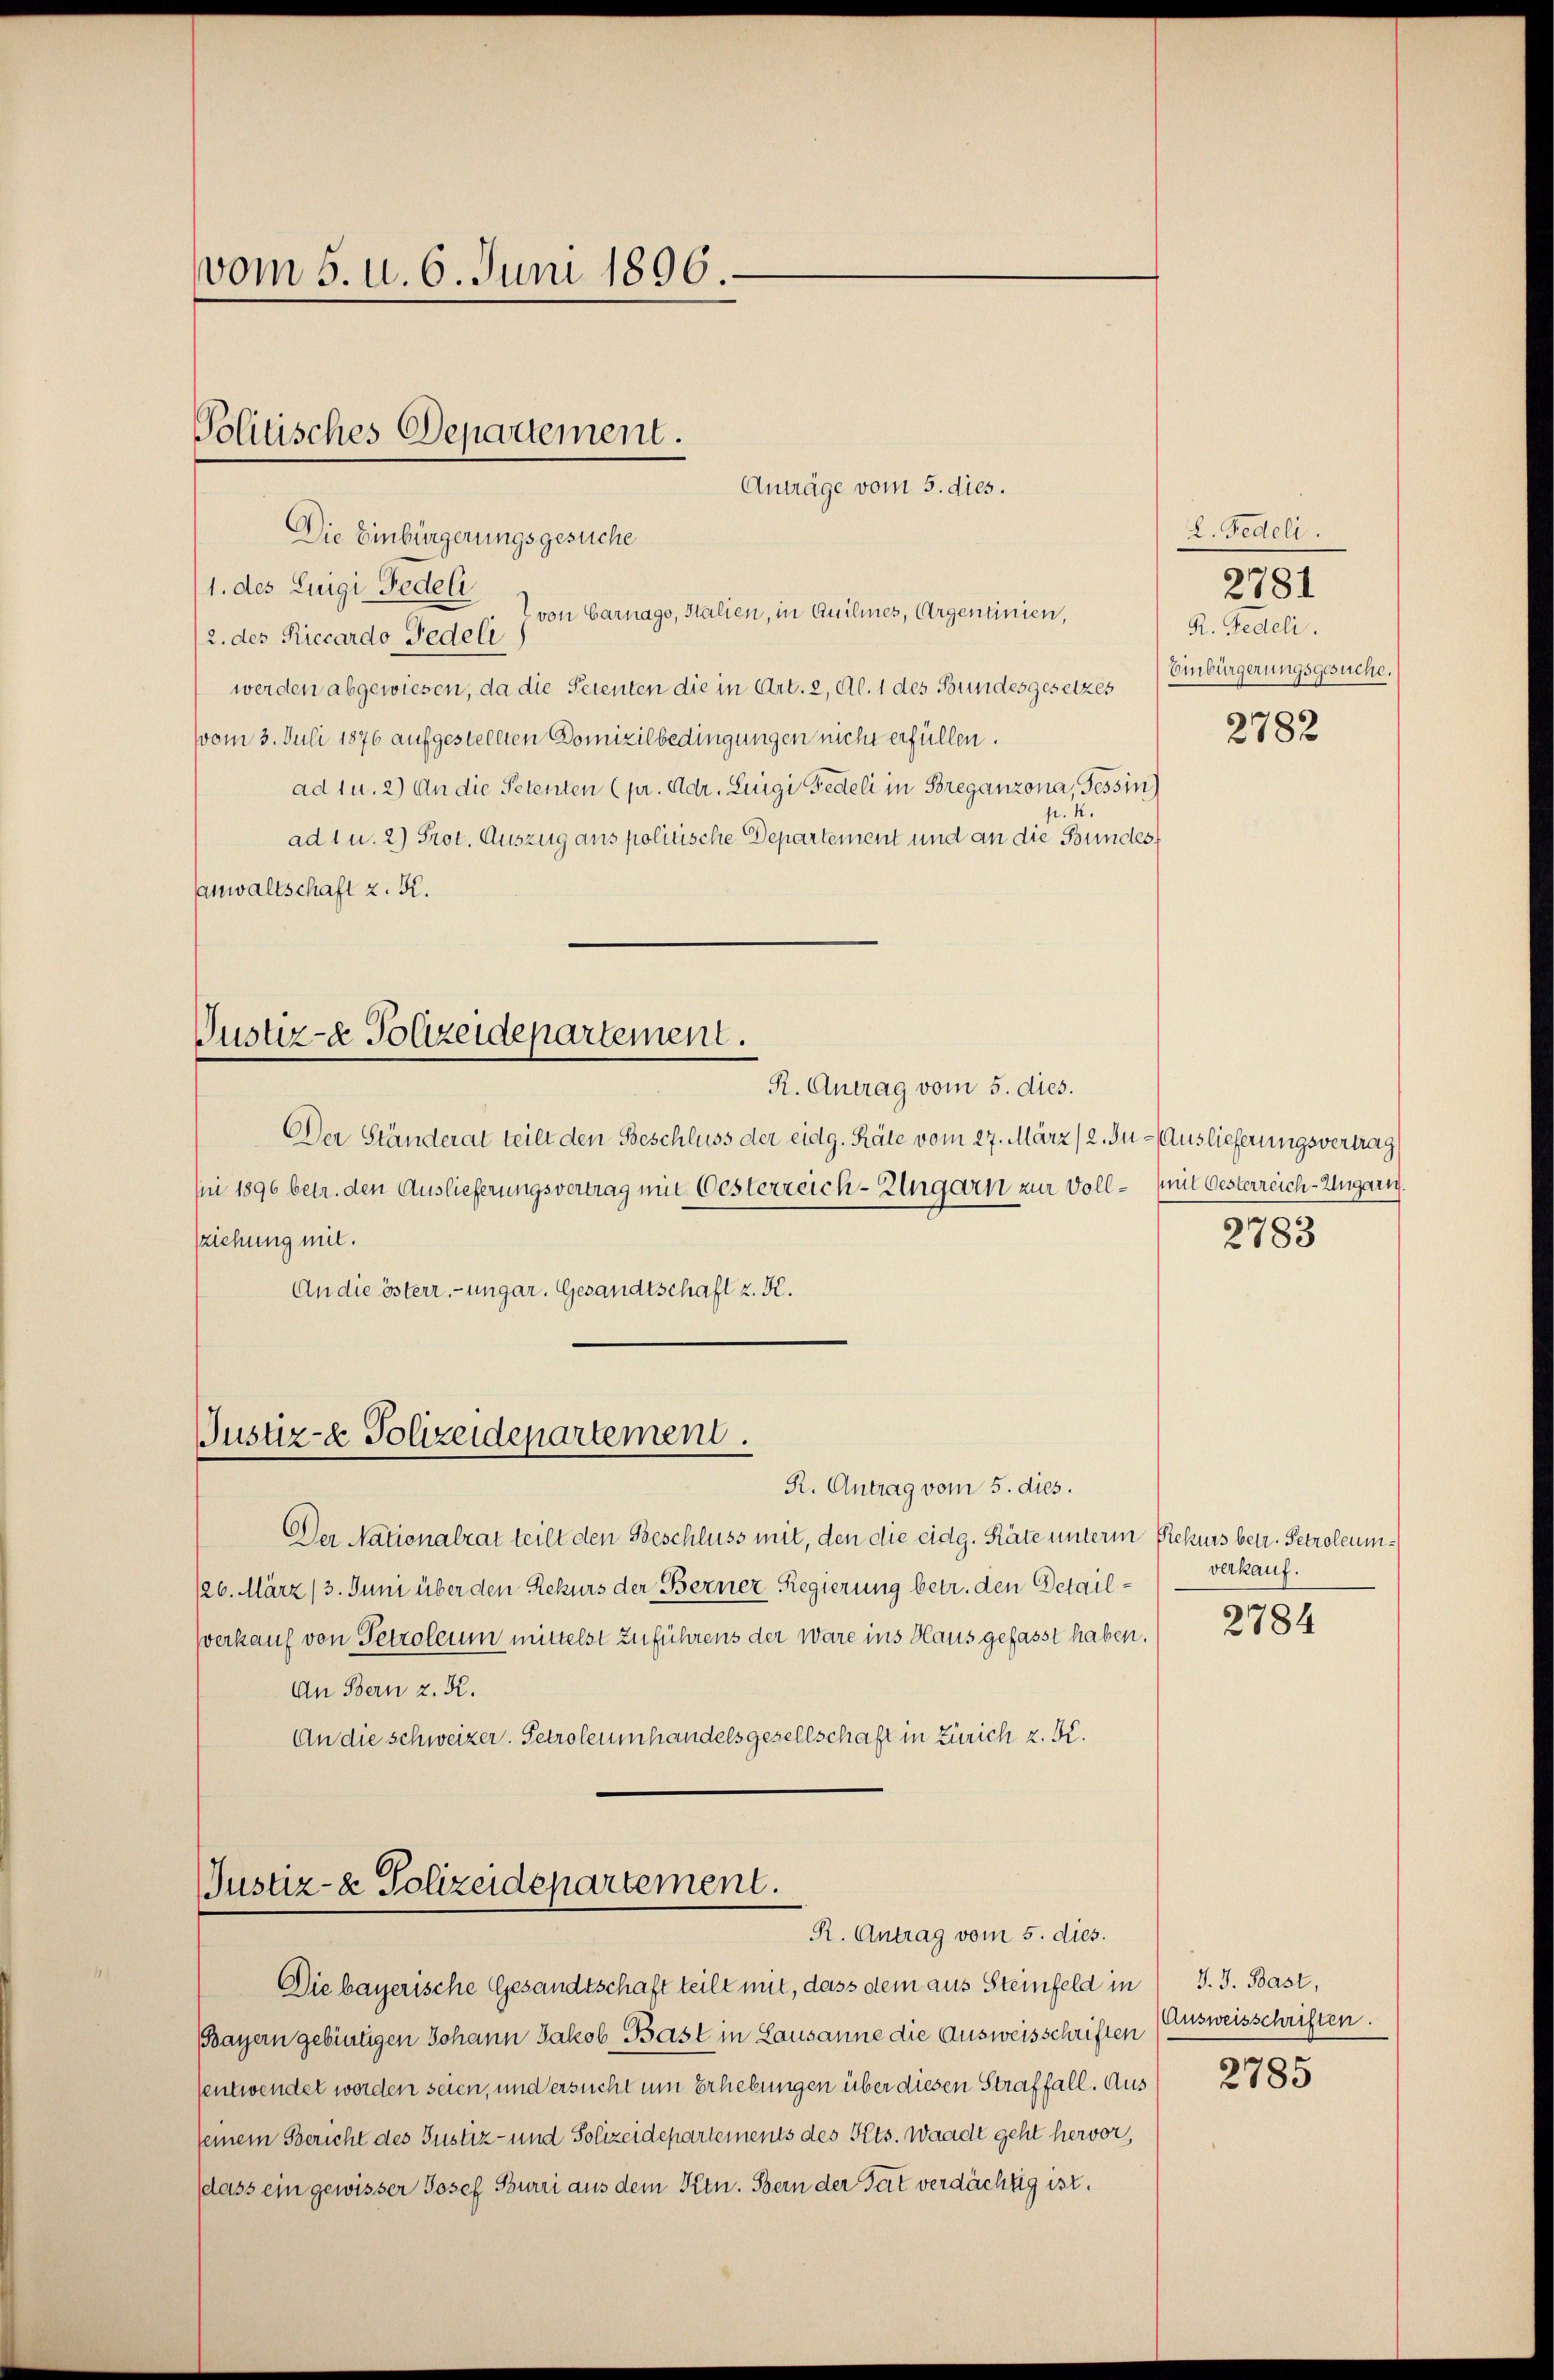
vom 5. u. 6. Juni 1896

Politisches Departement.
Anträge vom 5. dies.
Die Einbürgerungsgesuche

1. des Luigi Fedeli
2 von Carnago, Italien, in Quilmes, Argentinien,
2. des Riccardo Tedeli
werden abgewiesen, da die Petenten die in Art. 2, Al. 1 des Bundesgesetzes
vom 3. Juli 1876 aufgestellten Domizilbedingungen nicht erfüllen.
ad 1 u. 2) An die Petenten (pr. Adr. Luigi Fedeli in Breganzona, Tessin
p. 2.
ad 1 u. 2) Prot. Auszug aus politische Departement und an die Bundes
anwaltschaft z. K.

Justiz- & Polizeidepartement.
R. Antrag vom 5. dies.

Der Ständerat teilt den Beschluss der eidg. Räte vom 27. März (2. Ju- Auslieferungsvertrag
sni 1896 betr. den Auslieferungsvertrag mit Oesterreich-Ungarn zur Voll- mit Oesterreich-Ungarn.
ziehung mit.
An die österr.-ungar. Gesandtschaft z. K.

Justiz- & Polizeidepartement.

Justiz- & Polizeidepartement.
R. Antrag vom 5. dies.

R. Antrag vom 5. dies.
Der Nationalrat teilt den Beschluss mit, den die eidg. Räte unterm Rekurs betr. Petroleum¬
126. März (3. Juni über den Rekurs der Berner Regierung betr. den Detailverkauf von Petroleum mittelst zuführens der Wäre ins Haus gefasst haben.
An Bern z. K.
An die schweizer. Petroleumhandelsgesellschaft in Zürich z. B.

Die bayerische Gesandtschaft teilt mit, dass dem aus Steinfeld in J. J. Bast,
(Bayern gebietigen Johann Jakob Bast in Lausanne die Ausweisschriften
sentwendet worden seien, und ersucht um Erhebungen über diesen Straffall. Aus
seinem Bericht des Justiz- und Polizeidepartements des Kts. Waadt geht hervor,
dass ein gewisser Josef Burri aus dem Ktn. Bern der Tat verdächtig ist.

2. Fedeli.
R. Fedeli.
Einbürgerungsgesuche.

2781

2782

2783

verkauf.

2784

Ausweisschriften.

2785